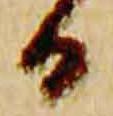
日